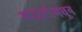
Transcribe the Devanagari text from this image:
काउंटीमधून